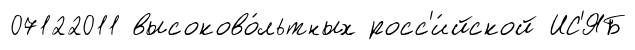
07122011 высоково́льтных росс'и́йской ИС'ЯБ